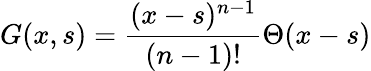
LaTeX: G(x,s)={\frac{(x-s)^{n-1}}{(n-1)!}}\Theta(x-s)